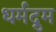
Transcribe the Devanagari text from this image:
धर्मद्रुम